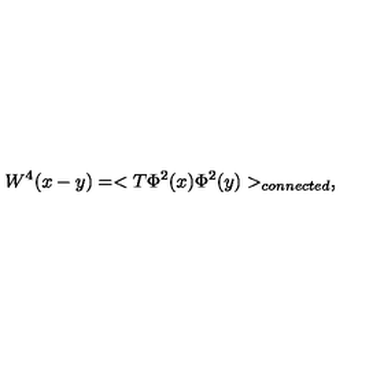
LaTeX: W ^ { 4 } ( x - y ) = < T \Phi ^ { 2 } ( x ) \Phi ^ { 2 } ( y ) > _ { c o n n e c t e d } ,